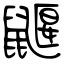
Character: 鼴